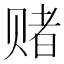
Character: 赌